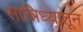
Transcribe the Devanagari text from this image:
सान्निध्यातून